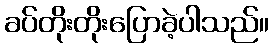
ခပ်တိုးတိုးပြောခဲ့ပါသည်။